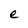
Character: e